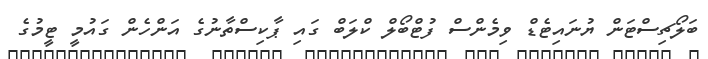
ބަލޯޗިސްޓަން ޔުނައިޓެޑް ވިމެންސް ފުޓްބޯލް ކްލަބް ގައި ޕާކިސްތާނުގެ އަންހެން ގައުމީ ޓީމުގެ